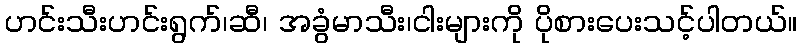
ဟင်းသီးဟင်းရွက်၊ဆီ၊ အခွံမာသီး၊ငါးများကို ပိုစားပေးသင့်ပါတယ်။